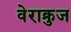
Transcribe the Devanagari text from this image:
वेराक्रुज